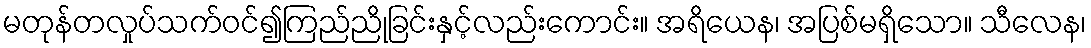
မတုန်တလှုပ်သက်ဝင်၍ကြည်ညိုခြင်းနှင့်လည်းကောင်း။ အရိယေန၊ အပြစ်မရှိသော။ သီလေန၊